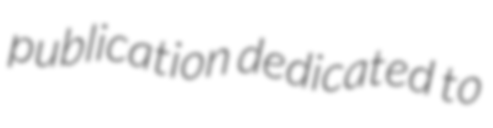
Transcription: publication dedicated to